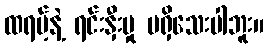
ထရမ့်နဲ့ ရင်းနှီးမှု မရှိသေးပါဘူး။